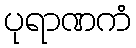
ပုရာဏကံ